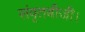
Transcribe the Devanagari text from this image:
संवृतबीजी।